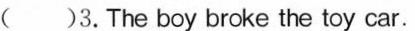
( )3. The boy broke the toy car.